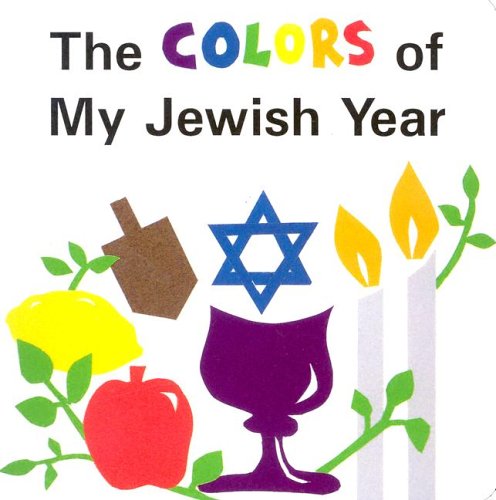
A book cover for The Colors of My Jewish Year (Very First Board Books); Marji Gold-Vukson; Children's Books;